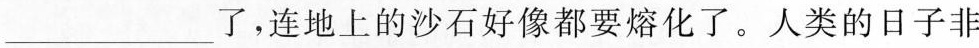
___了，连地上的沙石好像都要熔化了。人类的日子非